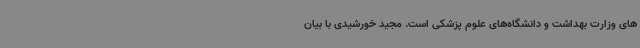
های وزارت بهداشت و دانشگاه‌های علوم پزشکی است. مجید خورشیدی با بیان